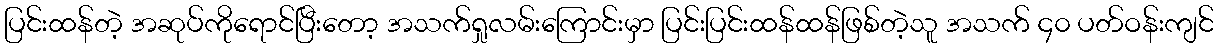
ပြင်းထန်တဲ့ အဆုပ်ကိုရောင်ပြီးတော့ အသက်ရှုလမ်းကြောင်းမှာ ပြင်းပြင်းထန်ထန်ဖြစ်တဲ့သူ အသက် ၄၀ ပတ်ဝန်းကျင်